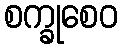
စက္ခုစေဝ